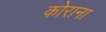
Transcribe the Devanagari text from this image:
कोराना